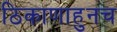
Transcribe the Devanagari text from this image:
ठिकाणाहुनच